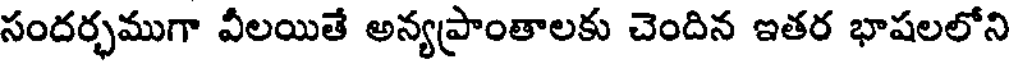
సందర్భముగా వీలయితే అన్యప్రాంతాలకు చెందిన ఇతర భాషలలోని